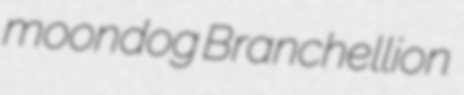
moondog Branchellion